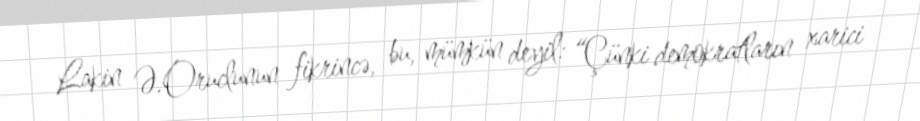
Lakin Ə.Oruclunun fikrincə, bu, mümkün deyil: “Çünki demokratların xarici